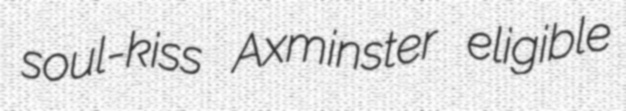
soul-kiss Axminster eligible